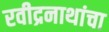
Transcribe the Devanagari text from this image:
रवीद्रनाथांचा